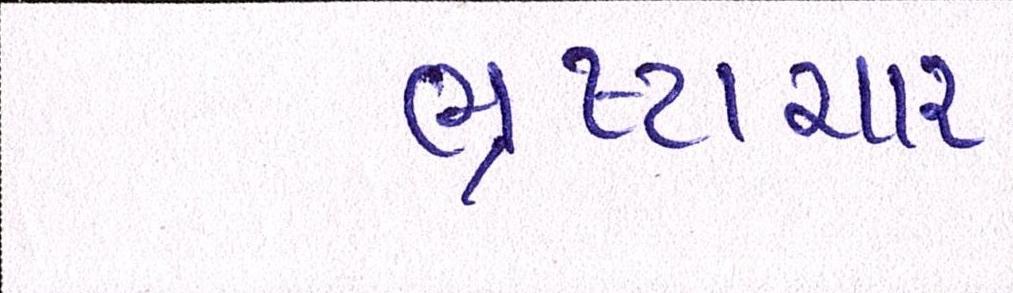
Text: ભષ્ટ્ર્ચાર